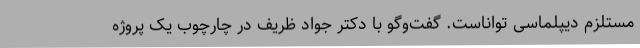
مستلزم دیپلماسی تواناست. گفت‌وگو با دکتر جواد ظریف در چارچوب یک پروژه